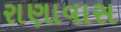
રાણાવાસ